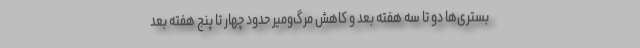
بستری‌ها دو تا سه هفته بعد و کاهش مرگ‌ومیر حدود چهار تا پنج هفته بعد